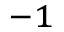
^ { - 1 }